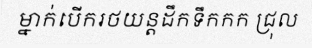
ម្នាក់បើករថយន្តដឹកទឹកកក ជ្រុល